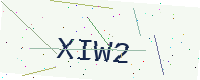
Text: XIW2